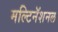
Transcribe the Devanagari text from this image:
मल्टिनॅशनल